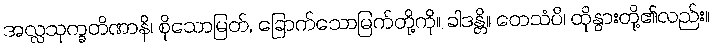
အလ္လသုက္ခတိဏာနိ၊ စိုသောမြတ်, ခြောက်သောမြက်တို့ကို။ ခါဒန္တိ။ တေသံပိ၊ ထိုနွားတို့၏လည်း။